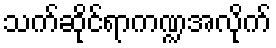
သက်ဆိုင်ရာကဏ္ဍအလိုက်